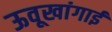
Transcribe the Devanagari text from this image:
ऊवूखांगाई